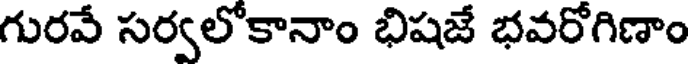
గురవే సర్వలోకానాం భిషజే భవరోగిణాం